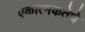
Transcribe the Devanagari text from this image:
एकात्मकतेचे